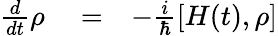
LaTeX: \begin{array}{rlr}{\frac{d}{dt}\rho}&{{}=}&{-\frac{i}{\hbar}\left[H(t),\rho\right]}\end{array}